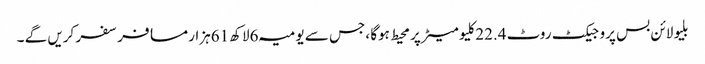
بلیو لائن بس پروجیکٹ روٹ 22.4کلیو میٹر پر محیط ہوگا ،جس سے یومیہ 6لاکھ 61ہزار مسافر سفر کریں گے ۔